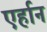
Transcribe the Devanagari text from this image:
एर्हान